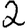
Digit: 2